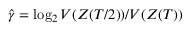
\hat { \gamma } = \log _ { 2 } V ( Z ( T / 2 ) ) / V ( Z ( T ) )